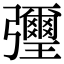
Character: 㣆